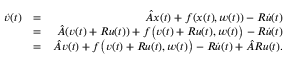
\begin{array} { r l r } { \dot { v } ( t ) } & { = } & { \hat { A } x ( t ) + f ( x ( t ) , w ( t ) ) - R \dot { u } ( t ) } \\ & { = } & { \hat { A } ( v ( t ) + R u ( t ) ) + f \big ( v ( t ) + R u ( t ) , w ( t ) \big ) - R \dot { u } ( t ) } \\ & { = } & { \hat { A } v ( t ) + f \big ( v ( t ) + R u ( t ) , w ( t ) \big ) - R \dot { u } ( t ) + \hat { A } R u ( t ) . } \end{array}